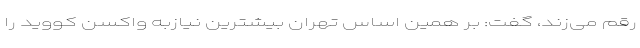
رقم می‌زند، گفت: بر همین اساس تهران بیشترین نیازبه واکسن کووید را